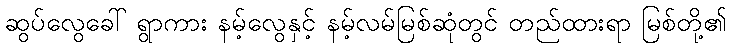
ဆွပ်လွေခေါ် ရွာကား နမ့်လွေနှင့် နမ့်လမ်မြစ်ဆုံတွင် တည်ထားရာ မြစ်တို့၏